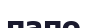
папо